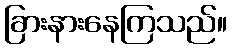
ခြားနားနေကြသည်။